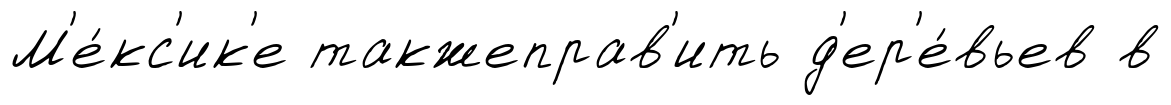
М'е́кс'ик'е такжеправ'ить д'ер'е́вьев в